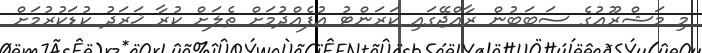
މި މަޝްރޫޢުގެ ސަބަބުން ރާއްޖޭގައި ކަރަންޓު އުފެއްދުމަށް ތެލަށް ކުރާ ޚަރަދު ކުޑަކުރުމަށް